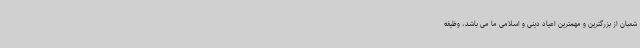
شعبان از بزرگترین و مهمترین اعیاد دینی و اسلامی ما می باشد، وظیفه